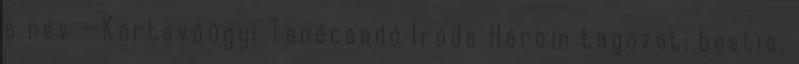
a név - Kártevőügyi Tanácsadó Iroda Három tagozat: bestia,